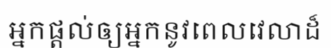
អ្នកផ្តល់ឲ្យអ្នកនូវពេលវេលាដ៏